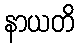
နာယတိ